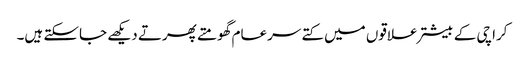
کراچی کے بیشتر علاقوں میں کتے سرعام گھومتے پھرتے دیکھے جاسکتے ہیں۔